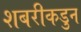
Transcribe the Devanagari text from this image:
शबरीकडुन